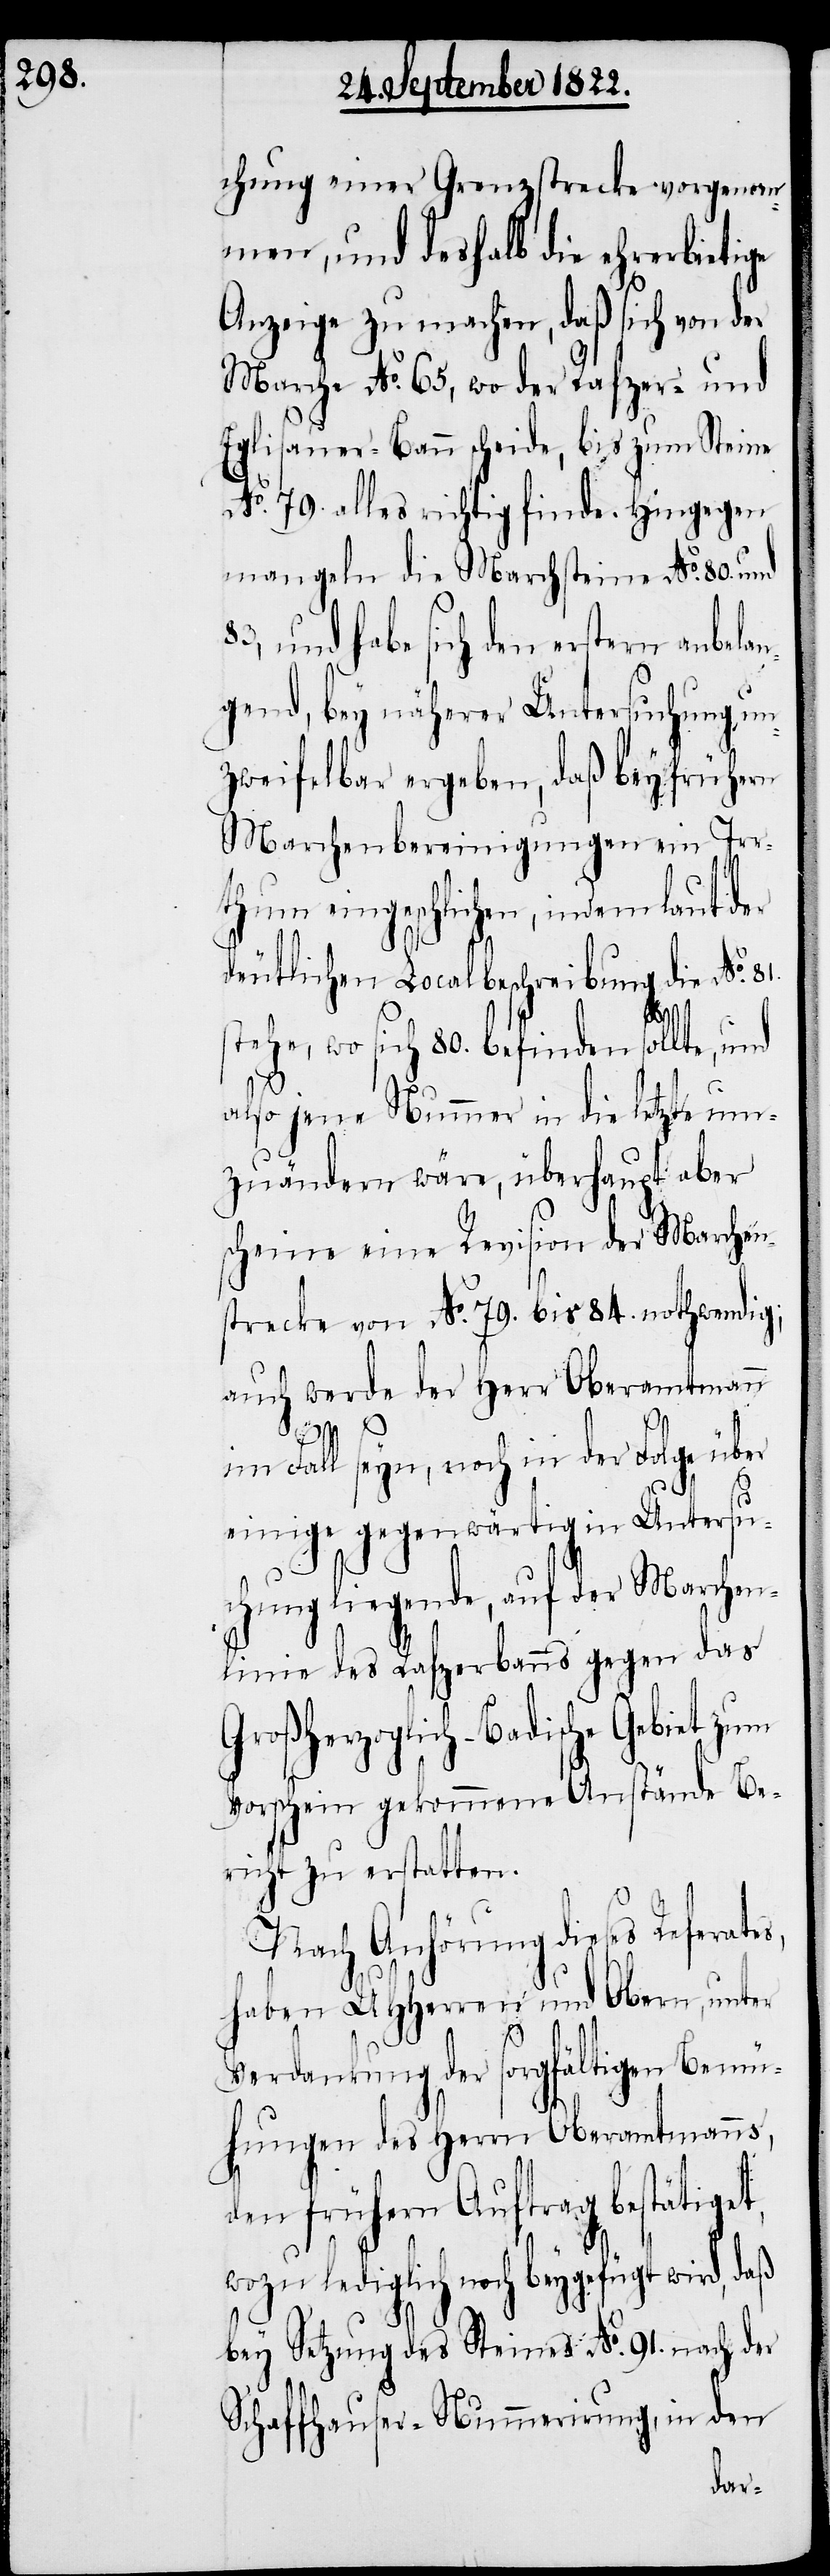
chung einer Grenzstrecke vorgenom¬
men, und deshalb die ehrerbietige
Anzeige zu machen, daß sich von der
Marche No. 65, wo der Rafzer- und
Eglisauer-Bann scheide, bis zum Steine
No. 79 alles richtig finde. Hingegen
mangeln die Marchsteine No. 80. und
83, und habe sich den erstern anbela¬
ngend, bey näherer Untersuchung un¬
zweifelbar ergeben, daß bey frühern
Marchenbereinigungen ein Irr¬
thum eingeschlichen, indem
deutlichen Localbeschreibung die No.
tehe, wo sich 80. befinden sollte,
also jene Nummer in die letzte um¬
zuändern wäre, überhaupt aber
scheine eine Revision der Marchen¬
strecke von No. 79. bis No. 84. nothwendig;
auch werde der Herr Oberamtmann
s,
get,
im Fall seyn, noch in der Folge über
einige gegenwärtig in Untersu¬
chung liegende, auf der Marchen¬
linie des Rafzerbanns gegen das
Großherzoglich-Badische Gebiet zum
Vorschein gekommene Anstände Be¬
richt zu erstatten.
Nach Anhörung dieses Referate¬
haben UHHerrn und Obern, unter
Verdankung der sorgfältigen Bemü¬
hungen des Herrn Oberamtmanns,
den frühern Auftrag bestäti¬
wozu lediglich noch beygefügt wird, daß
bey Setzung des Steines No. 91. nach der
Schaffhauser-Nummerirung, in den